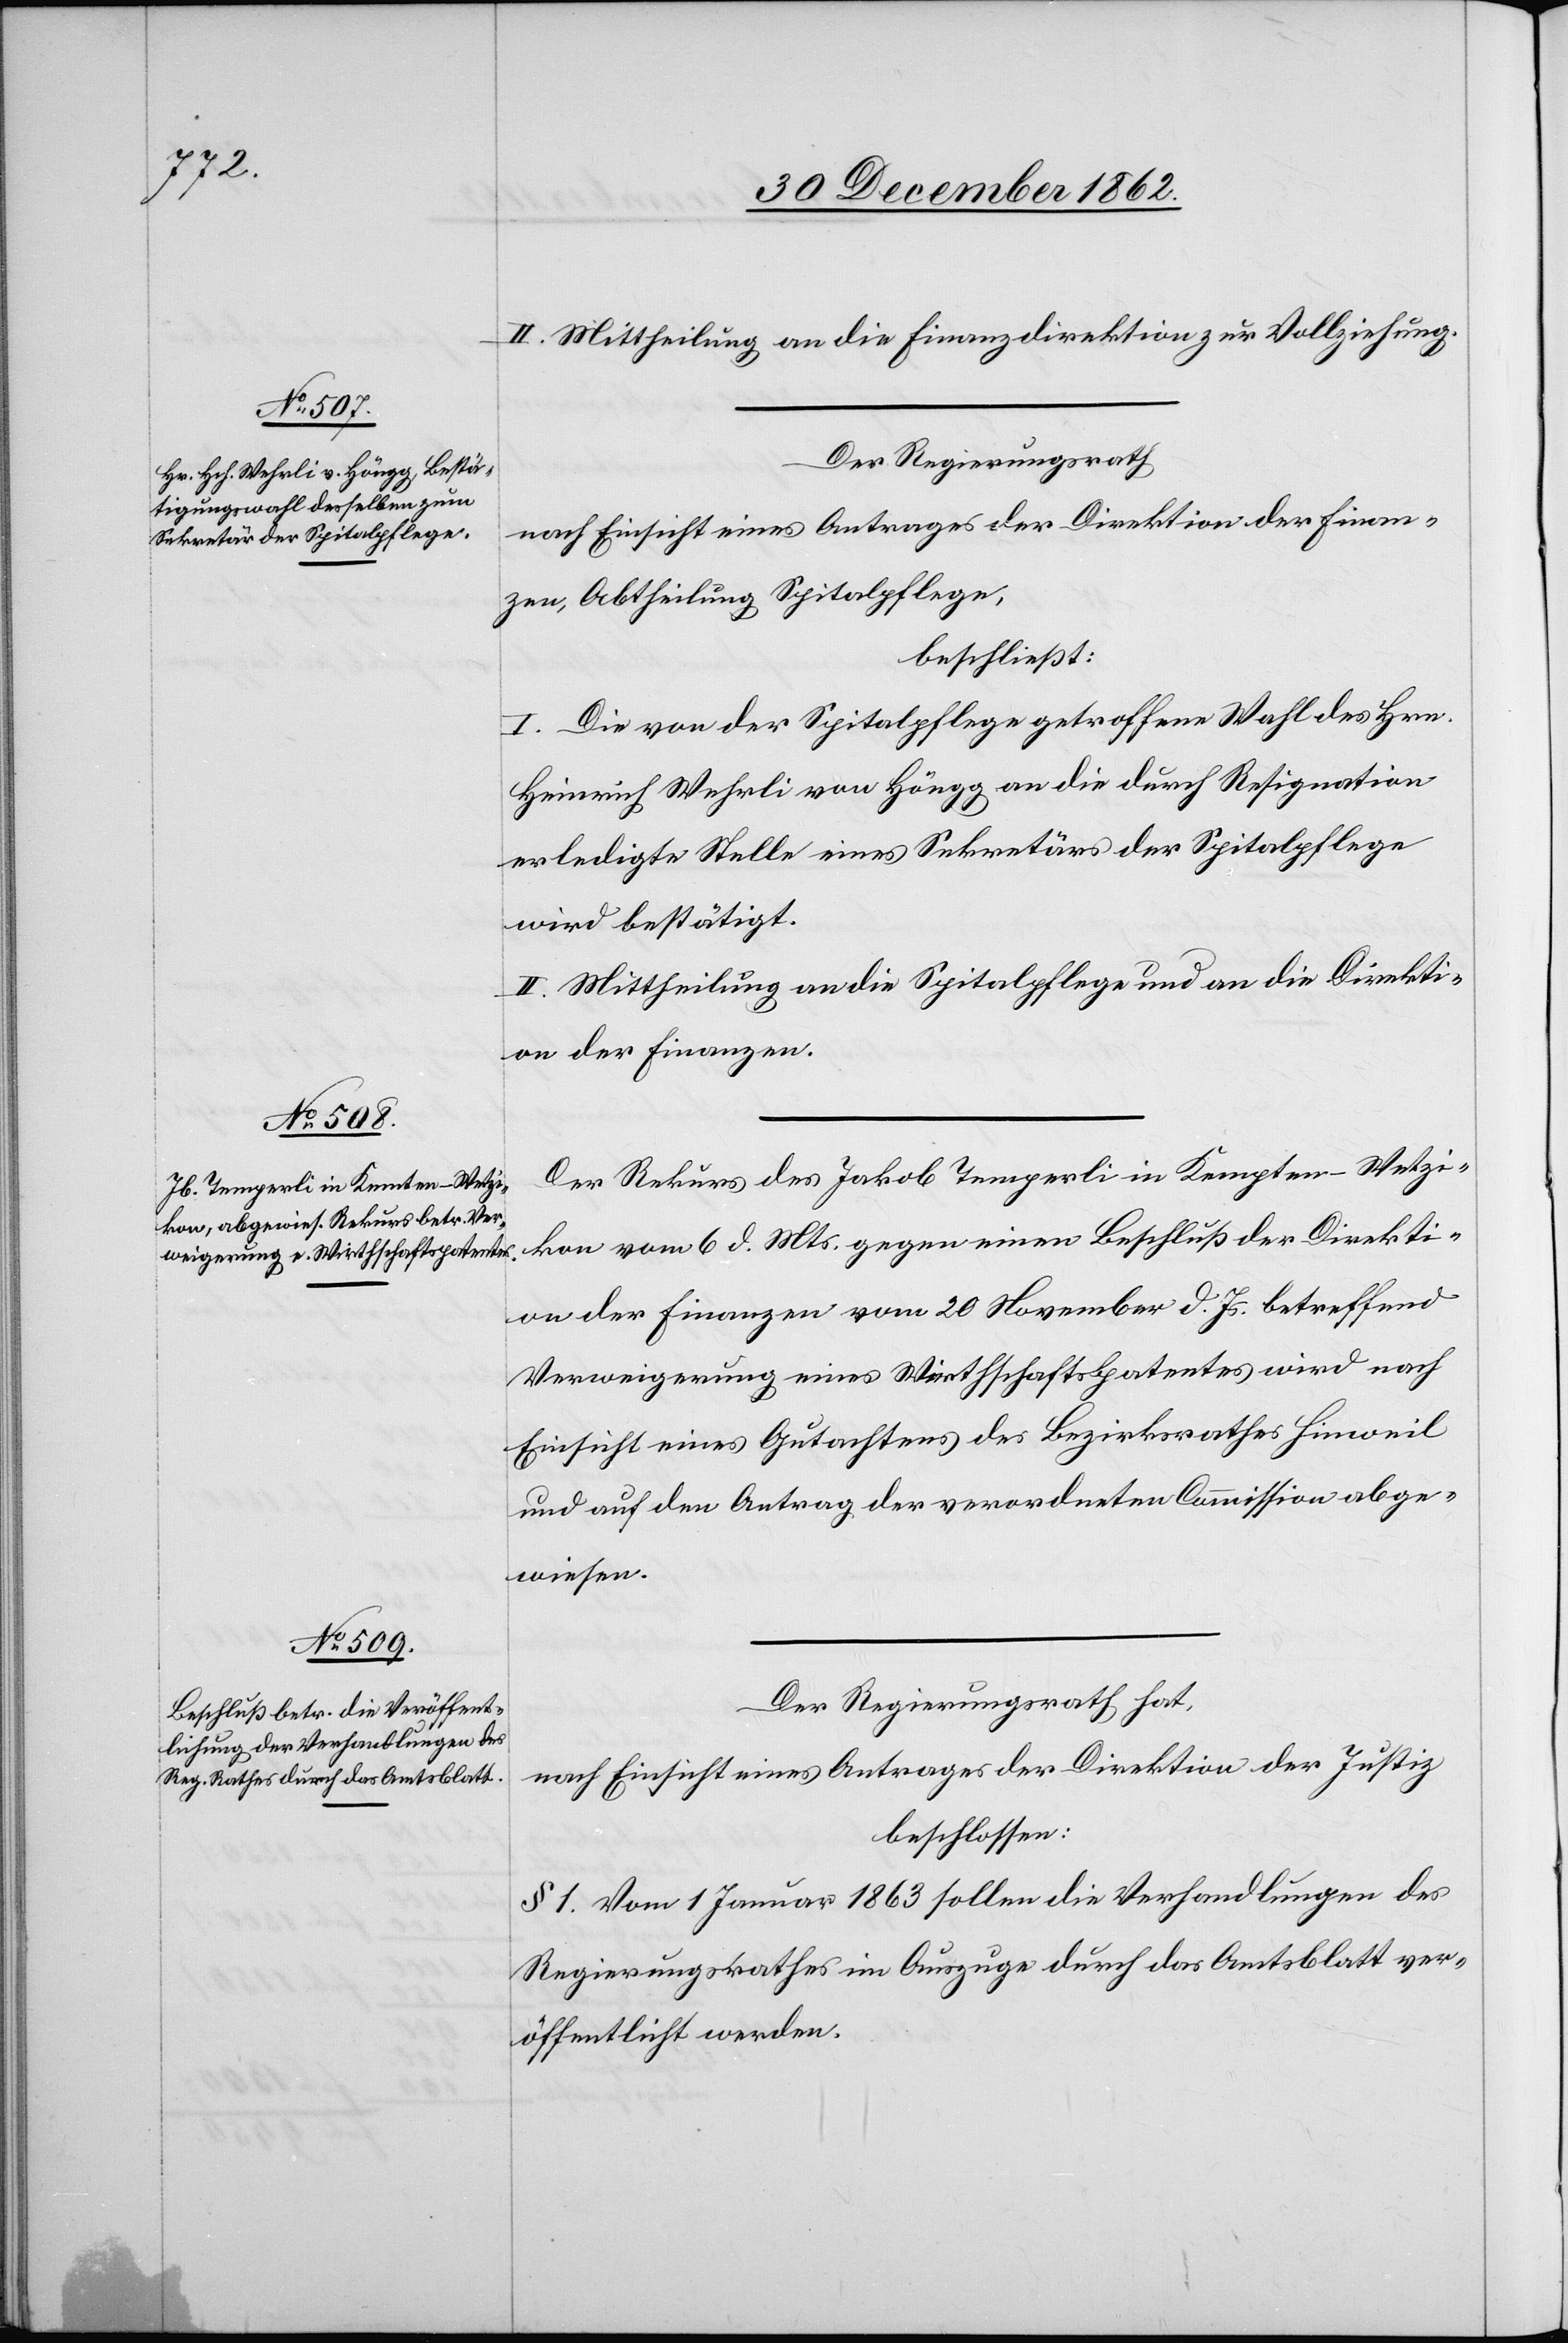
II. Mittheilung an die Finanzdirektion zur Vollziehung.
Der Regierungsrath
nach Einsicht eines Antrages der Direktion der Finan¬
zen, Abtheilung Spitalpflege,
beschließt:
I. Die von der Spitalpflege getroffene Wahl des Hrn.
Heinrich Wehrli von Höngg an die durch Resignation
erledigte Stelle eines Sekretärs der Spitalpflege
wird bestätigt.
II. Mittheilung an die Spitalpflege und an die Direkti¬
on der Finanzen.
Der Rekurs des Jakob Temperli in Kempten - Wetzi¬
kon vom 6. d. Mts. gegen einen Beschluß der Direkti¬
on der Finanzen vom 20. November d. Js. betreffend
Verweigerung eines Wirthschaftspatentes wird nach
Einsicht eines Gutachtens des Bezirksrathes Hinweil
und auf den Antrag der verordneten Commission abge¬
wiesen.
Der Regierungsrath hat,
nach Einsicht eines Antrages der Direktion der Justiz
beschlossen:
§ 1. Vom 1. Januar 1863 sollen die Verhandlungen des
Regierungsrathes im Auszuge durch das Amtsblatt ver¬
öffentlicht werden.